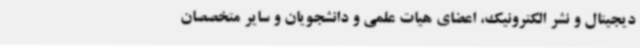
دیجیتال و نشر الکترونیک، اعضای هیات علمی و دانشجویان و سایر متخصصان